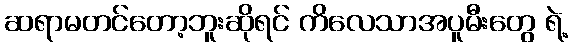
ဆရာမတင်တော့ဘူးဆိုရင် ကိလေသာအပူမီးတွေ ရဲ့